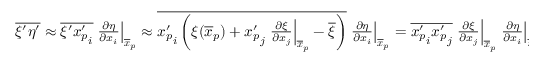
\begin{array} { r } { \overline { { \xi ^ { \prime } \eta ^ { \prime } } } \approx \overline { { \xi ^ { \prime } { x _ { p } ^ { \prime } } _ { i } } } \left. \frac { \partial \eta } { \partial x _ { i } } \right| _ { \overline { { \boldsymbol x } } _ { p } } \approx \overline { { { x _ { p } ^ { \prime } } _ { i } \left( \xi ( \overline { { \boldsymbol { x } } } _ { p } ) + { x _ { p } ^ { \prime } } _ { j } \left. \frac { \partial \xi } { \partial x _ { j } } \right| _ { \overline { { \boldsymbol x } } _ { p } } - \overline { { \xi } } \right) } } \left. \frac { \partial \eta } { \partial x _ { i } } \right| _ { \overline { { \boldsymbol x } } _ { p } } = \overline { { { x _ { p } ^ { \prime } } _ { i } { x _ { p } ^ { \prime } } _ { j } } } \left. \frac { \partial \xi } { \partial x _ { j } } \right| _ { \overline { { \boldsymbol x } } _ { p } } \left. \frac { \partial \eta } { \partial x _ { i } } \right| _ { \overline { { \boldsymbol x } } _ { p } } , } \end{array}